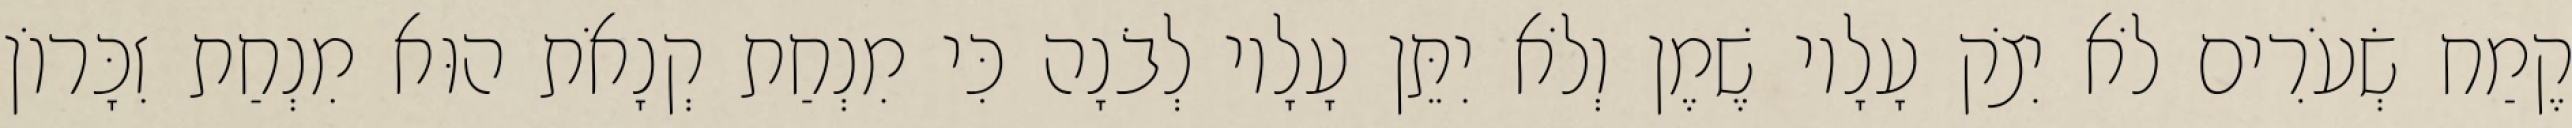
קֶמַח שְׂעֹרִים לֹא יִצֹק עָלָיו שֶׁמֶן וְלֹא יִתֵּן עָלָיו לְבֹנָה כִּי מִנְחַת קְנָאֹת הוּא מִנְחַת זִכָּרוֹן